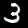
Digit: 3